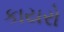
કાયરો